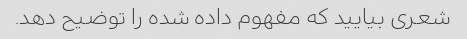
شعری بیایید که مفهوم داده شده را توضیح دهد.